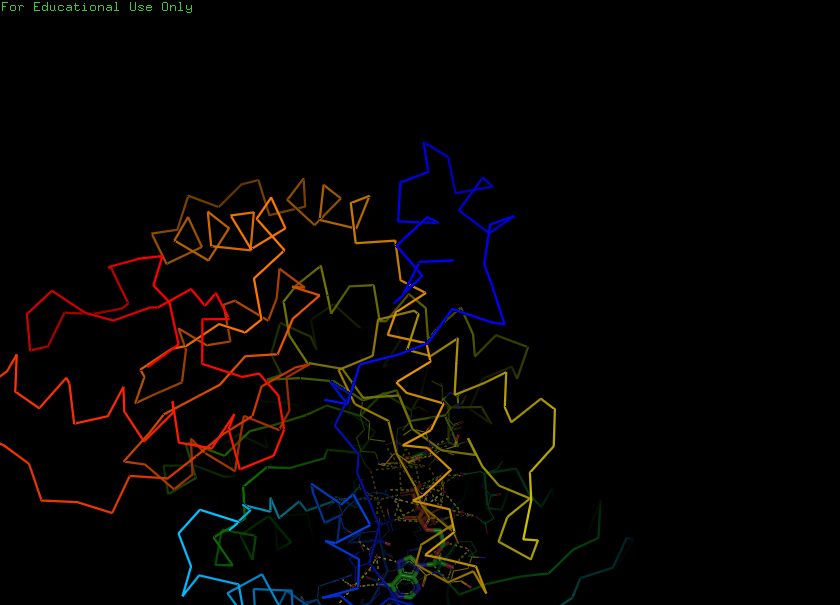
pymol, preset, ligands